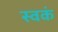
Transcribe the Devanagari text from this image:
स्वकं